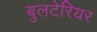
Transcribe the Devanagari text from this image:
बुलटेरियर